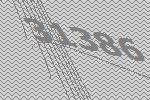
31386